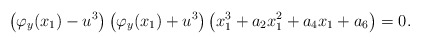
\begin{align*} \left( \varphi_y(x_1) - u^3\right) \left(\varphi_y(x_1)+u^3\right) \left(x_1^3+a_2x_1^2+a_4x_1+a_6\right)=0.\end{align*}